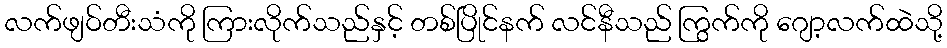
လက်ဖျဝ်တီးသံကို ကြားလိုက်သည်နှင့် တစ်ပြိုင်နက် လင်နီသည် ကြွက်ကို ဂျော့လက်ထဲသို့